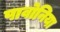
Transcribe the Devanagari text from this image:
पावोनिया